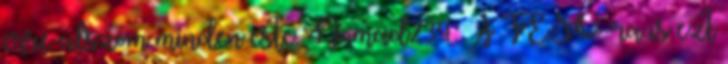
erre alszom minden este. Nomad234: A TESO-ra is ezt